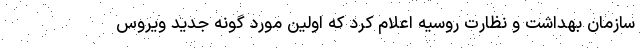
سازمان بهداشت و نظارت روسیه اعلام کرد که اولین مورد گونه جدید ویروس